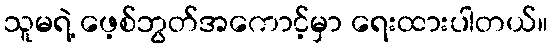
သူမရဲ့ ဖေ့စ်ဘွတ်အကောင့်မှာ ရေးထားပါတယ်။